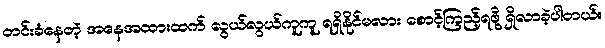
တင်းခံနေတဲ့ အနေအထားထက် လွယ်လွယ်ကူကူ ရရှိနိုင်မလား စောင့်ကြည့်ရဖို့ ရှိလာခဲ့ပါတယ်။